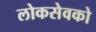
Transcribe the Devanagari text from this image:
लोकसेवको